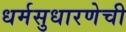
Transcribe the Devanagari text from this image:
धर्मसुधारणेची